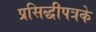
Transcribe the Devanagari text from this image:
प्रसिद्धीपत्रके